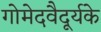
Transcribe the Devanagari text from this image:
गोमेदवैदूर्यके